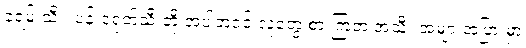
ခရမ်းသီး၊ ပန်းငရုတ်သီးတို့ အပါအဝင် လူတွေ စားကြတဲ့ အသီး အများအပြားမှာ